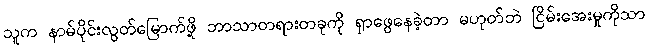
သူက နာမ်ပိုင်းလွတ်မြောက်ဖို့ ဘာသာတရားတခုကို ရှာဖွေနေခဲ့တာ မဟုတ်ဘဲ ငြိမ်းအေးမှုကိုသာ